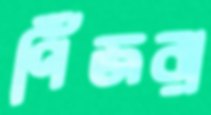
পিঁঁজরা